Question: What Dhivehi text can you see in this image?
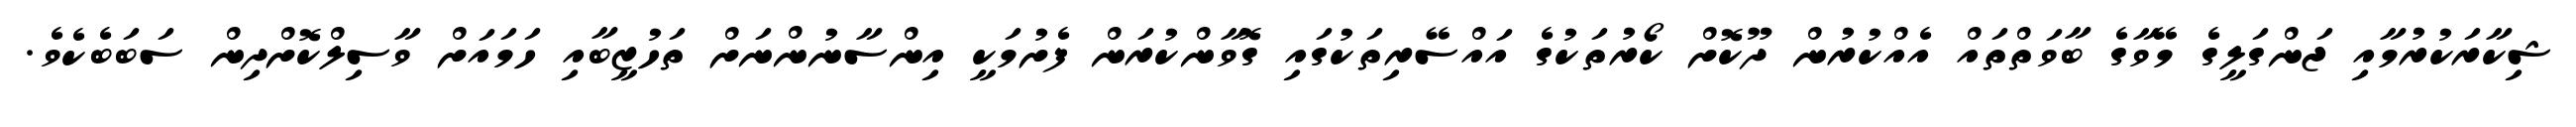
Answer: ޝިކާރަކުރުމާއި ޖަންގަލީގެ މޭވާގެ ބާވަތްތައް އެއްކުރުން ދޫކޮށް ކޯރުތަކުގެ އައްސޭރިތަކުގައި ގޮވާންކުރަން ފެށުމަކީ އިންސާނުންނަށް ތަހުޒީބާއި ހަމައަށް ވާސިލްކޮށްދިން ސަބަބެކެވެ.